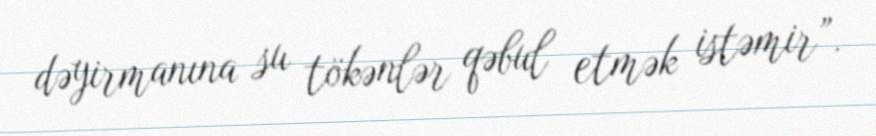
dəyirmanına su tökənlər qəbul etmək istəmir”.